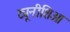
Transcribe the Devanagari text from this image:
ट्यूनीशिआ